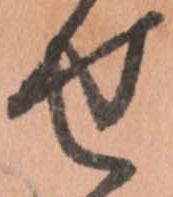
せ